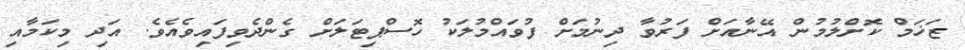
ޒަޚަމް ކޮށްލުމުން އޭނާއަށް ފަރުވާ ދިނުމަށް ފުވައްމުލަކު ހޮސްޕިޓަލަށް ގެންދެވިފައިވެއެވެ. އަދި މިކަމާއި